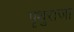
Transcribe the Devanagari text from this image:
पृथुराजा